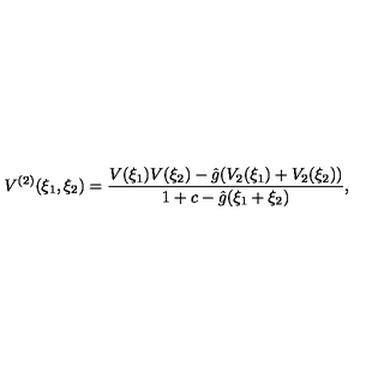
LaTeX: V ^ { ( 2 ) } ( \xi _ { 1 } , \xi _ { 2 } ) = \frac { V ( \xi _ { 1 } ) V ( \xi _ { 2 } ) - \hat { g } ( V _ { 2 } ( \xi _ { 1 } ) + V _ { 2 } ( \xi _ { 2 } ) ) } { 1 + c - \hat { g } ( \xi _ { 1 } + \xi _ { 2 } ) } ,